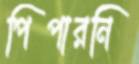
পিপারনি